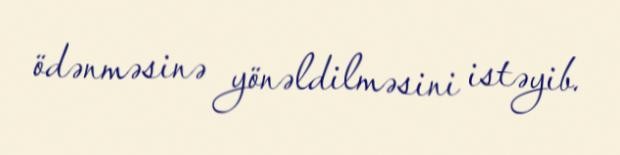
ödənməsinə yönəldilməsini istəyib.